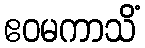
ဧဝမကာသိံ